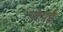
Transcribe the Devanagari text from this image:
पोपई